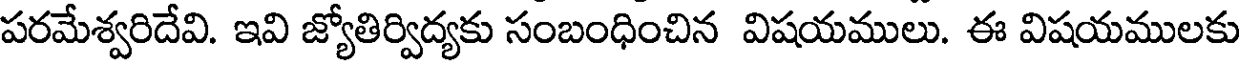
పరమేశ్వరిదేవి. ఇవి జ్యోతిర్విద్యకు సంబంధించిన విషయములు. ఈ విషయములకు